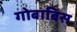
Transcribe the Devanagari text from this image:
गोबाबिस